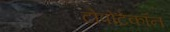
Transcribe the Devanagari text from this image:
टोपोटेकॉन